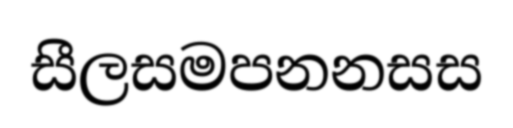
සීලසමපනනසස